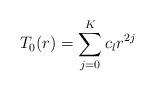
LaTeX: \begin{align*}T_0(r)=\sum_{j=0}^Kc_lr^{2j}\end{align*}